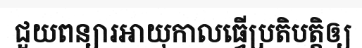
ជួយពន្យារអាយុកាលធ្វើប្រតិបត្តិឲ្យ